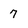
Character: 7